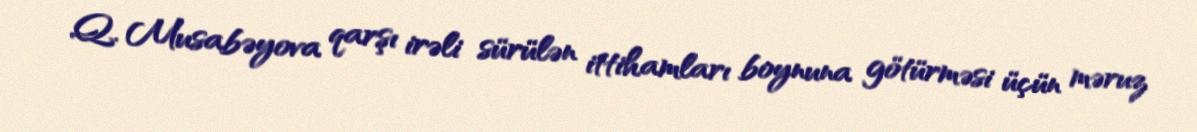
Q. Musabəyova qarşı irəli sürülən ittihamları boynuna götürməsi üçün məruz